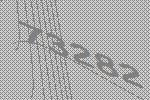
73282